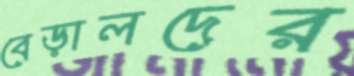
বেড়ালদের